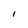
Character: 1